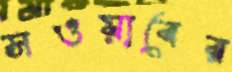
সওয়াবের